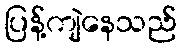
ပြန့်ကျဲနေသည်